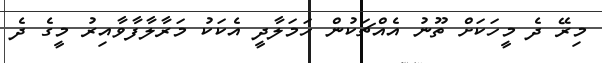
މިރޭ ދެ މީހަކަށް ތޫނު އެއްޗަކުން ހަމަލާދީ އެކަކު މަރާލާފާވާއިރު މީގެ ދެ